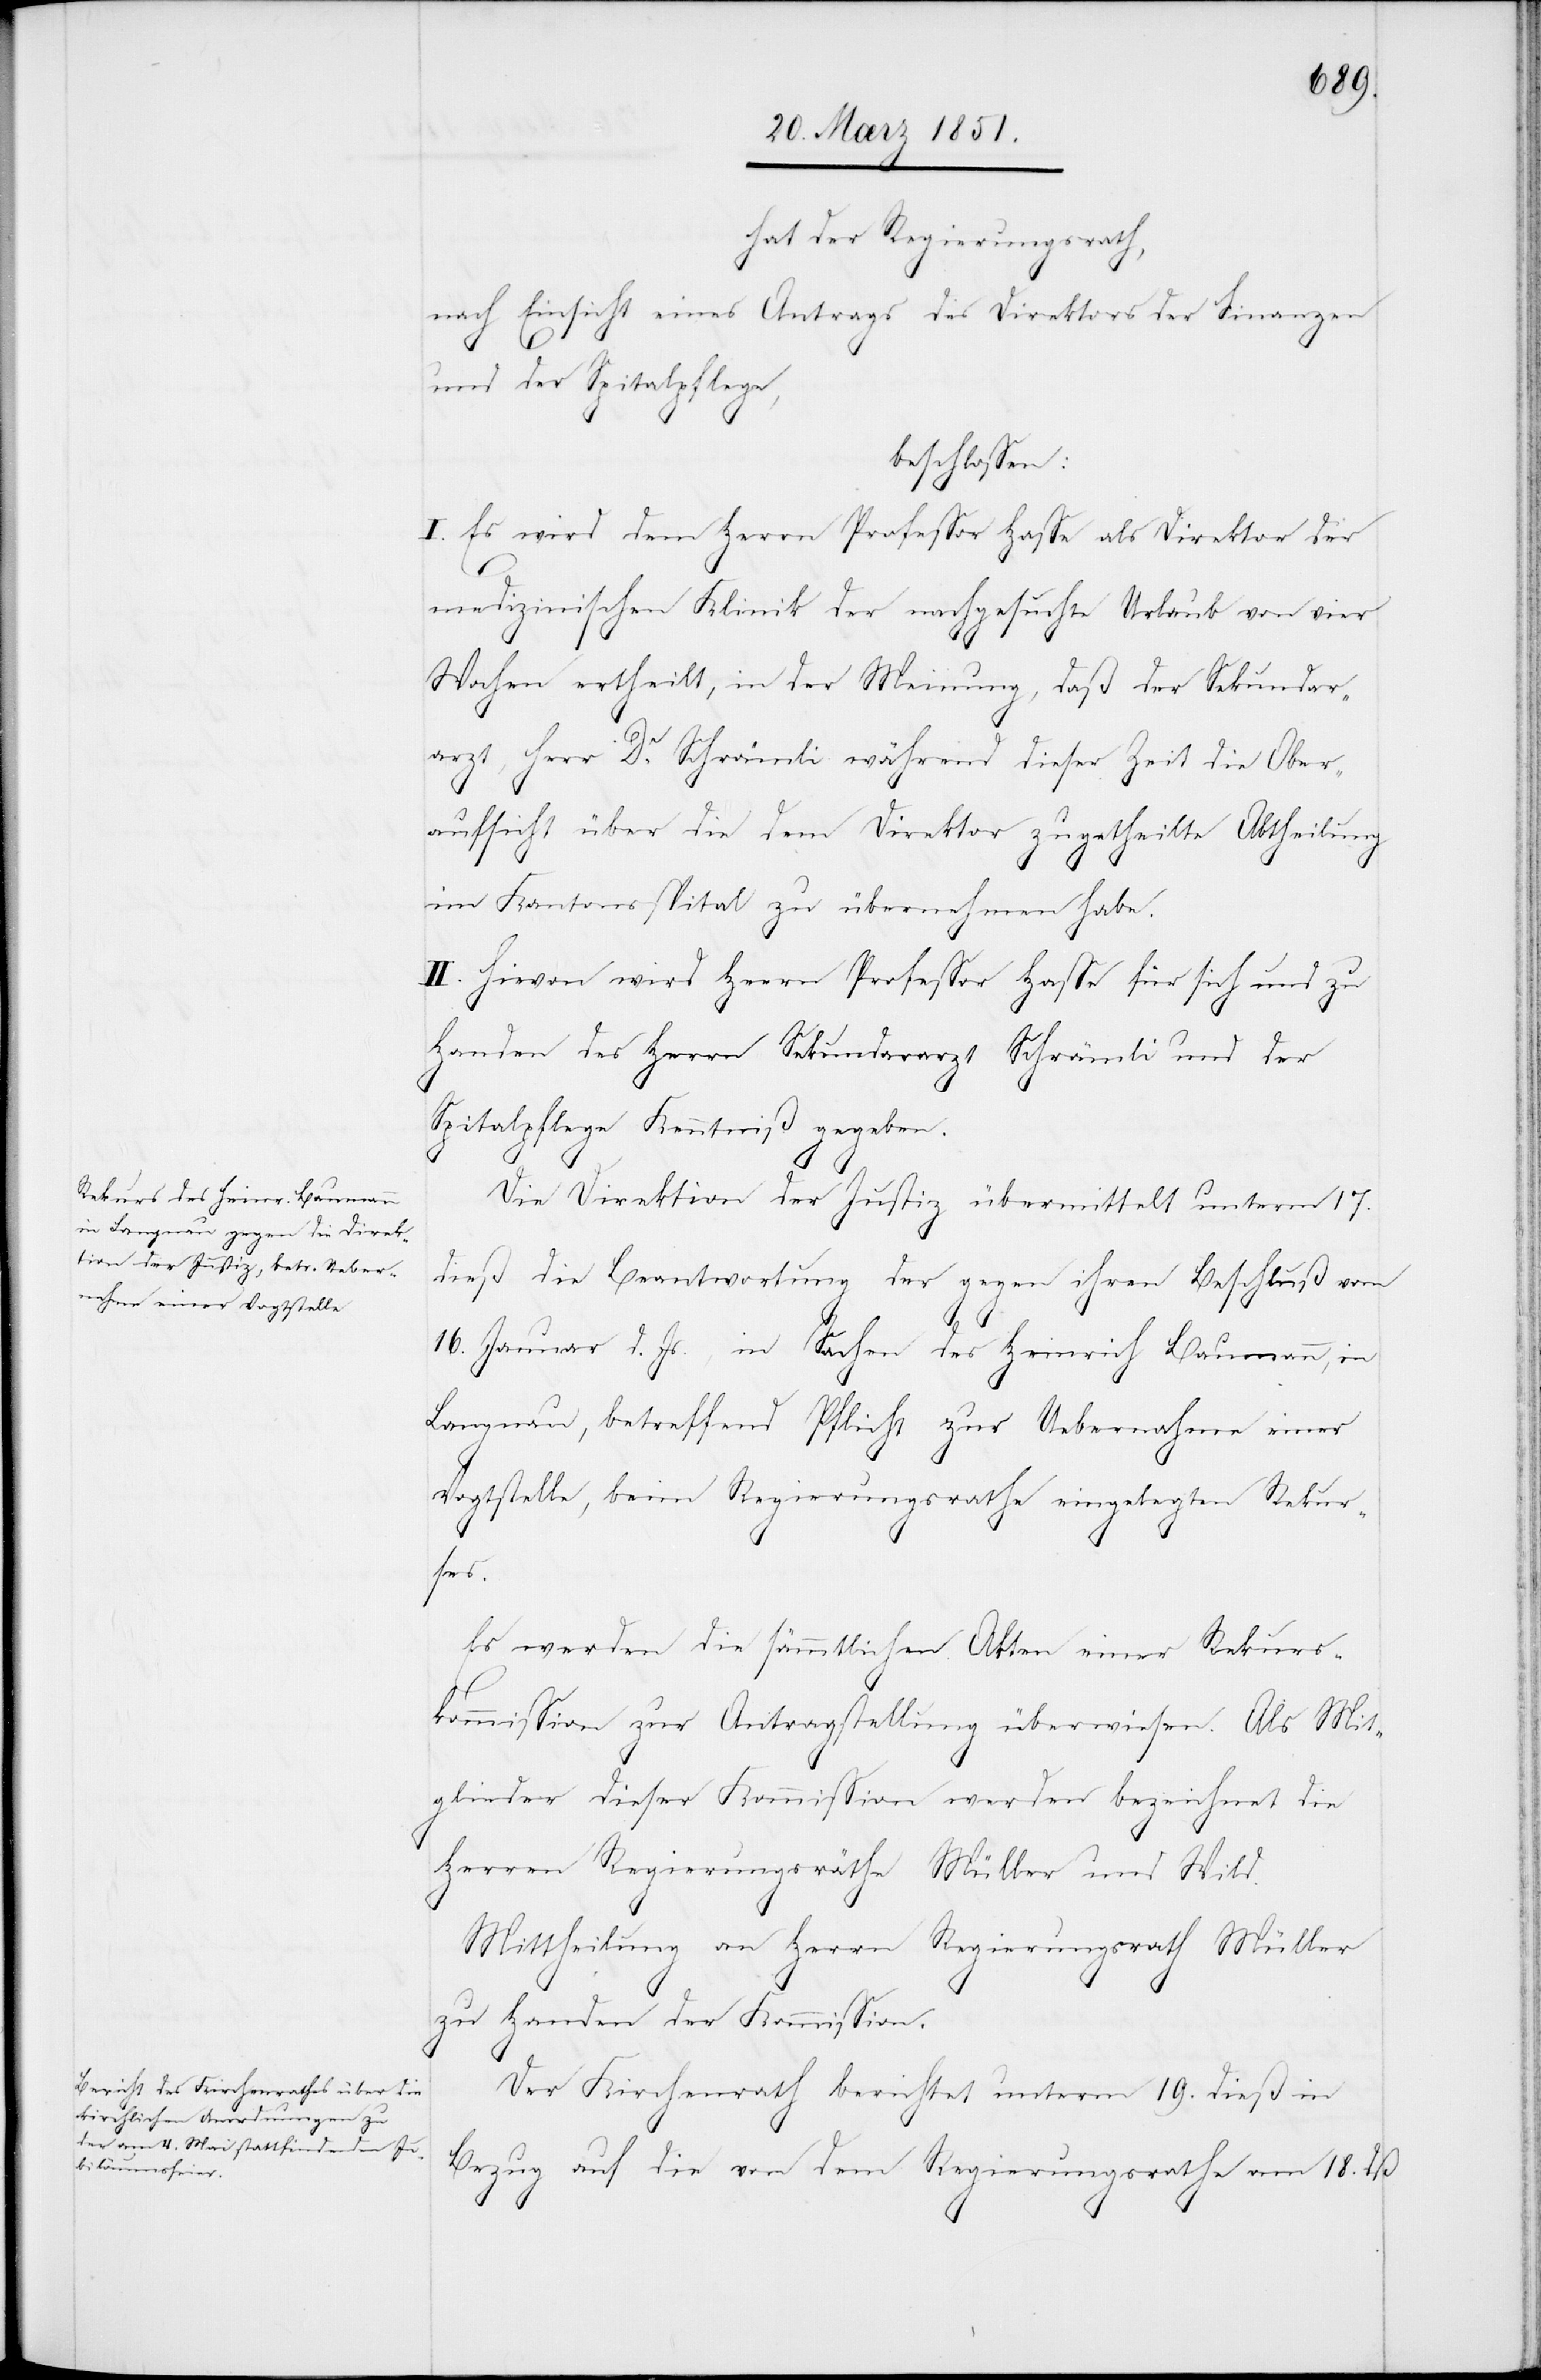
hat der Regierungsrath,
nach Einsicht eines Antrags des Direktors der Finanzen
und der Spitalpflege,
beschlossen:
I. Es wird dem Herrn Professor Hasse als Direktor der
medizinischen Klinik der nachgesuchte Urlaub von vier
Wochen ertheilt, in der Meinung, daß der Sekundar¬
arzt, Herr Dr. Schrämli während dieser Zeit die Ober¬
aufsicht über die dem Direktor zugetheilte Abtheilung
im Kantonsspital zu übernehmen habe.
II. Hievon wird Herrn Professor Hasse für sich und zu
Handen des Herrn Sekundararzt Schrämli und der
Spitalpflege Kenntniß gegeben.
Die Direktion der Justiz übermittelt unterm 17.
dieß die Beantwortung der [recte: des] gegen ihren Beschluß vom
16. Januar d. Js., in Sachen des Heinrich Baumann, in
Langnau, betreffend Pflicht zur Uebernahme einer
Vogtstelle, beim Regierungsrathe eingelegten Rekur¬
ses.
Es werden die sämmtlichen Akten einer Rekurs¬
kommission zur Antragstellung überwiesen. Als Mit¬
glieder dieser Kommission werden bezeichnet die
Herren Regierungsräthe Müller und Wild.
Mittheilung an Herrn Regierungsrath Müller
zu Handen der Kommission.
Der Kirchenrath berichtet unterm 19. dieß in
Bezug auf die von dem Regierungsrathe am 18. dß